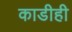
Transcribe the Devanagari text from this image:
काडीही